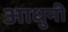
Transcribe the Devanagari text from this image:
आधुनी